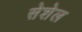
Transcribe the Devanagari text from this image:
सेशेल